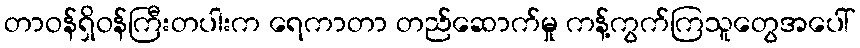
တာဝန်ရှိဝန်ကြီးတပါးက ရေကာတာ တည်ဆောက်မှု ကန့်ကွက်ကြသူတွေအပေါ်